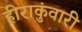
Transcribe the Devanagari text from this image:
हीराकुंवारी